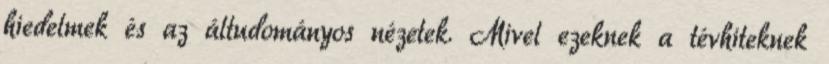
hiedelmek és az áltudományos nézetek. Mivel ezeknek a tévhiteknek